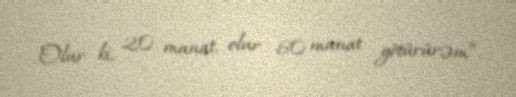
Olur ki, 20 manat, olur 60 manat götürürəm”.